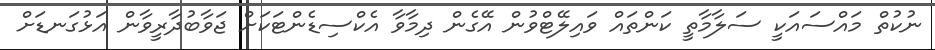
ނުކުތް މައްސައަކީ ސަލާމާތީ ކަންތައް ވައިލޭޓްވުން އޭގެން ދިމާވާ އެކްސިޑެންޓަކަށް ޖަވާބުދާރީވާން އަޅުގަނޑަށް